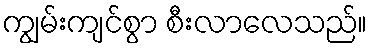
ကျွမ်းကျင်စွာ စီးလာလေသည်။